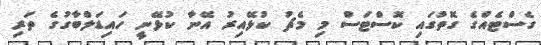
ގެސްޓެއްގެ ގޮތުގައި ކޮސްޓަސް މި މެޗު ކުޅޭއިރު އޭނާ ކުޅޭނީ ހައިޑަލްބާގުގެ ތަރި